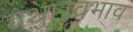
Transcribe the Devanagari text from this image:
यथास्वभाव